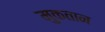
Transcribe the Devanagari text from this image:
मुकतान